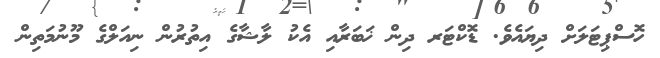
ހޮސްޕިޓަލަށް ދިޔައެވެ. ޑޮކްޓަރ ދިން ޚަބަރާއި އެކު ލާޝާގެ އިތުރުން ނިއަލްގެ މޫނުމަތިން